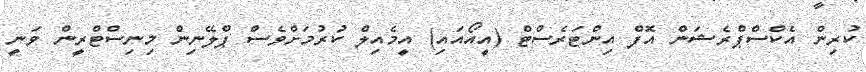
ކުރިން އެކްސްޕްރެޝަން އޮފް އިންޓަރެސްޓް (އީއޯއައި) އީމެއިލް ކުރުމަށްވެސް ޕްލޭނިން މިނިސްޓްރީން ވަނީ